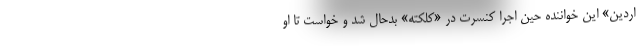
اردین» این خواننده حین اجرا کنسرت در «کلکته» بدحال شد و خواست تا او